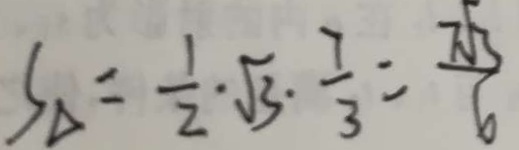
S _ { \Delta } = \frac { 1 } { 2 } \sqrt { 3 } \cdot \frac { 7 } { 3 } = \frac { \sqrt { 3 } } { 6 }